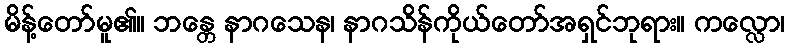
မိန့်တော်မူ၏။ ဘန္တေ နာဂသေန၊ နာဂသိန်ကိုယ်တော်အရှင်ဘုရား။ ကလ္လော၊